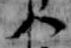
八